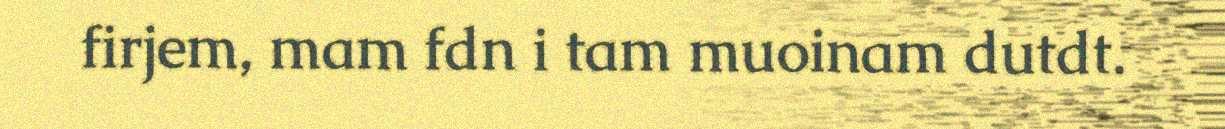
firjem, mam fdn i tam muoinam dutdt.